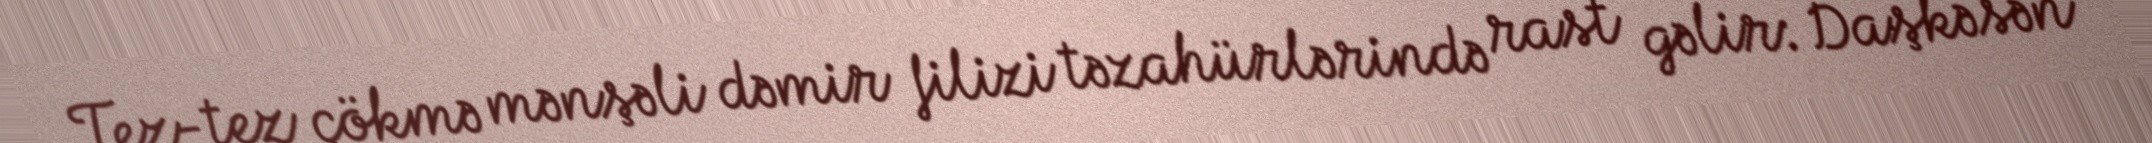
Tez-tez çökmə mənşəli dəmir filizi təzahürlərində rast gəlir: Daşkəsən